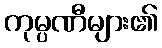
ကုမ္ပဏီများ၏